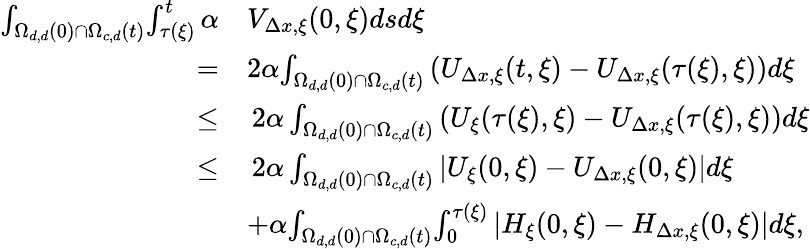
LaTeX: \begin{array}{rl}{\int_{\Omega_{d,d}(0)\cap\Omega_{c,d}(t)}\! \int_{\tau(\xi)}^{t}\alpha}&{V_{\Delta x,\xi}(0,\xi)dsd\xi}\\ {=}&{2\alpha\! \int_{\Omega_{d,d}(0)\cap\Omega_{c,d}(t)}\left(U_{\Delta x,\xi}(t,\xi)-U_{\Delta x,\xi}(\tau(\xi),\xi)\right)d\xi}\\ {\leq}&{\, 2\alpha\int_{\Omega_{d,d}(0)\cap\Omega_{c,d}(t)}\left(U_{\xi}(\tau(\xi),\xi)-U_{\Delta x,\xi}(\tau(\xi),\xi)\right)d\xi}\\ {\leq}&{\, 2\alpha\int_{\Omega_{d,d}(0)\cap\Omega_{c,d}(t)}\left|U_{\xi}(0,\xi)-U_{\Delta x,\xi}(0,\xi)\right|d\xi}\\ &{+\alpha\! \int_{\Omega_{d,d}(0)\cap\Omega_{c,d}(t)}\! \int_{0}^{\tau(\xi)}\left|H_{\xi}(0,\xi)-H_{\Delta x,\xi}(0,\xi)\right|d\xi,}\end{array}